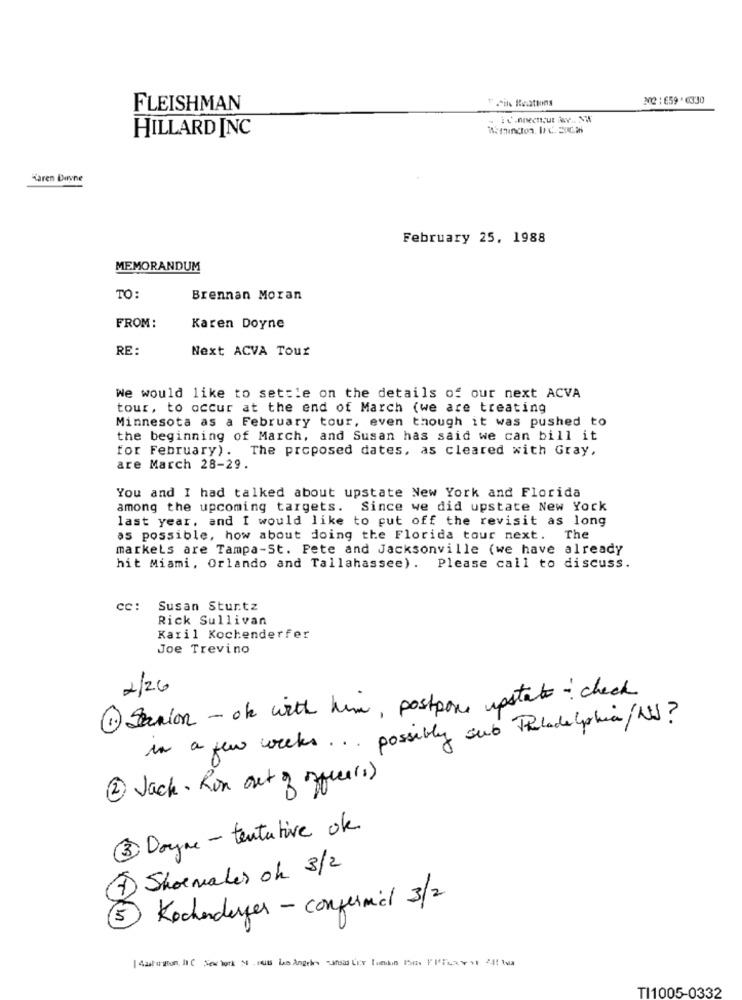
22:659.0330
FLEISHMAN
til Restions
HILLARD INC
Warmington, D.C. EUC.i
Karen Dayne
February 25, 1988
MEMORANDUM
TO:
Brennan Moran
FROM:
Karen Doyne
RE:
Next ACVA Tour
We would like to settle on the details of our next ACVA
tour, to occur at the end of March (we are treating
Minnesota as a February tour, even though it was pushed to
the beginning of March, and Susan has said we can bill it
for February). The proposed dates, as cleared with Gray,
are March 28-29.
You and I had talked about upstate New York and Florida
among the upcoming targets. Since we did upstate New York
last year, and I would like to put off the revisit as long
as possible, how about doing the Florida tour next. The
markets are Tampa-St. Pete and Jacksonville (we have already
hit Miami, Orlando and Tallahassee). Please call to discuss.
cc:
Susan Sturtz
Rick Sullivan
Karil Kochenderfer
Joe Trevino
2/26
1 Stanion - ok with him , postpone upstate check
in a few weeks ... possibly sub Philadelphia/ NJ?
2 Jack. Run out of office(s)
3 Doyne- tentative ok
7) Shoemaker ok 3/2
Kochenderger - confermal 3/2
TI1005-0332